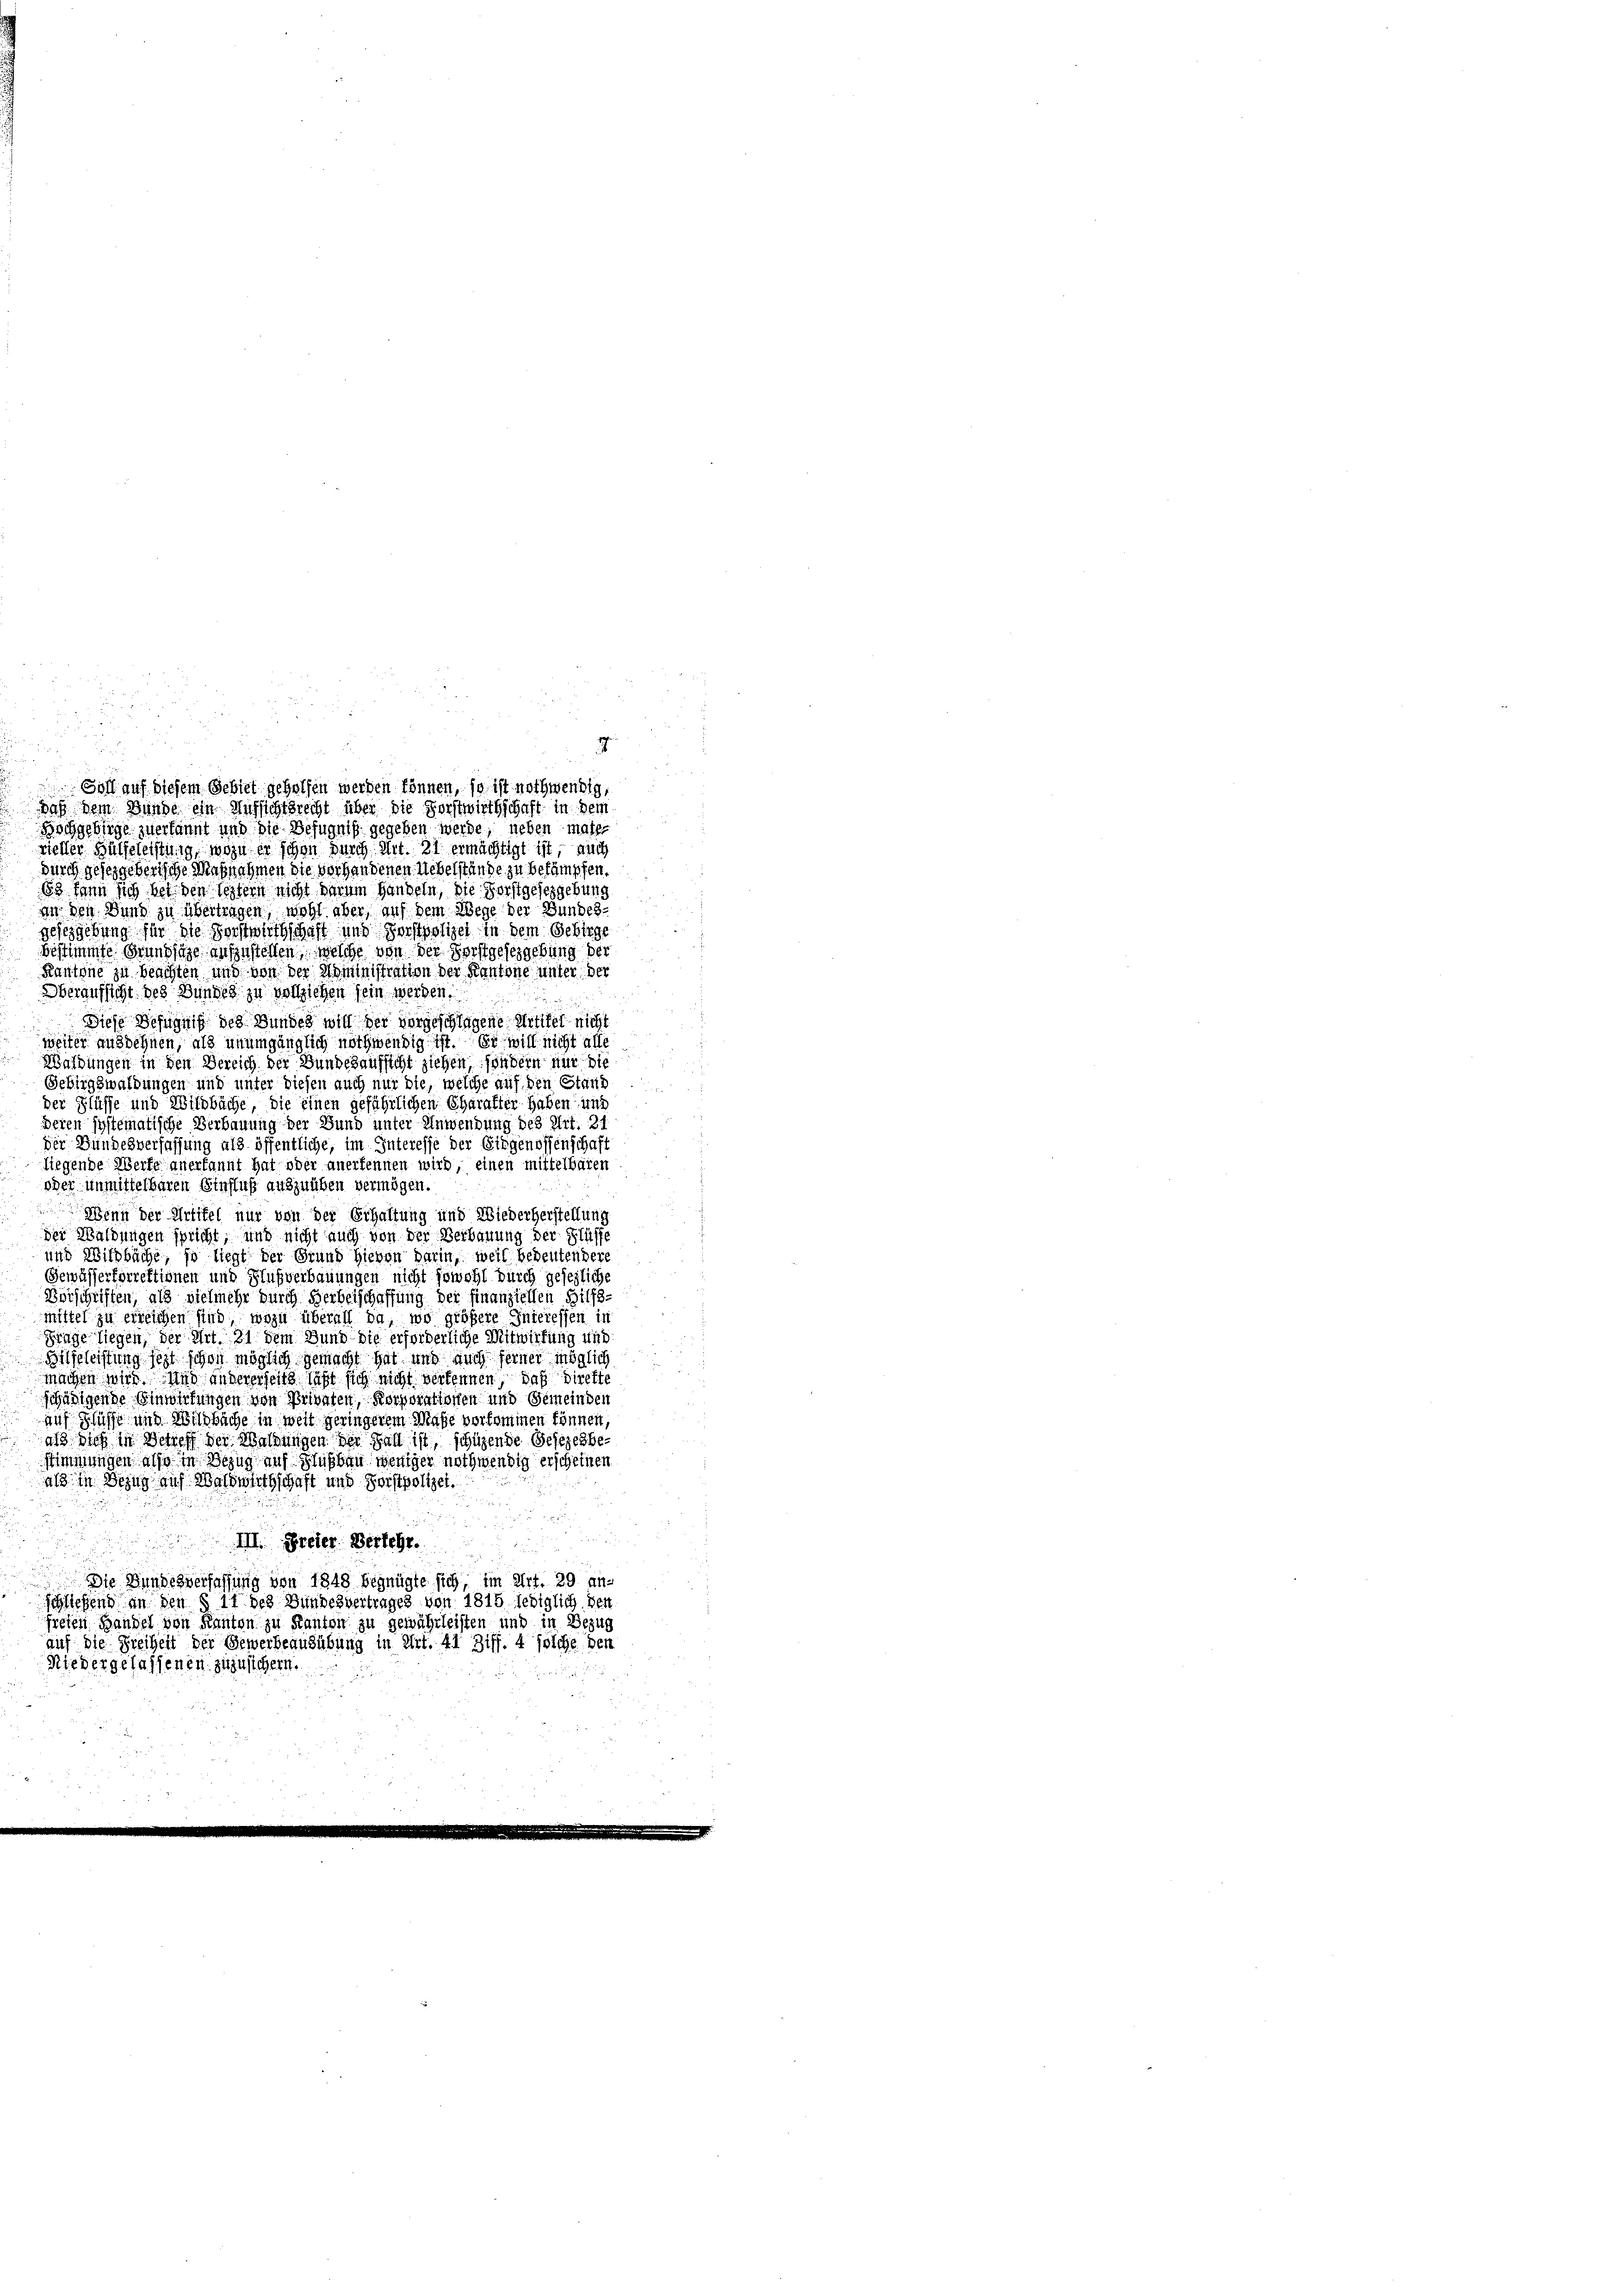
durch geseggeberische Magnahmen die vorhandenen Uebelstände zu bekämpfen.
83 kann sich bei den leztern nicht darum Handeln, die Forstgesezgebung
an den Bund zu übertragen, wohl aber, auf dem Wege der Bundes-
geseggehung für die Forstwirthschaft und Forstpolizei in dem Gebirge
bestimmte Grundlage aufzustellen, welche von der Forstgesezgebung der
Kantone zu beachten und von der Noministration der Kantone unter der
Oberaufsicht des Bundes zu vollziehen sein werden.
Diese Befugniß des Bundes will der vorgeschlagene Greifel nicht
weiter ausdehnen, als unumgänglich nothwendig ist. Er will nicht alle
Waldungen in den Bereich der Bundehaussicht ziehen, sondern nur die
Gebirgswaldungen und unter diesen auch nur die, welche auf den Stand
der Flüsse und Wildbäche, die einen gefährlichen Charakter haben und
deren systematische Verbauung der Bund unter Anwendung des Art. 24
der Bundesverfassung als öffentliche, im Interesse der Eidgenossenschaft
Riegende Werke anerkannt hat oder anerkennen wird, einen mittelbaren
oder unmittelbaren Einfluß auszuüben vermögen.
Wenn der Artikel nur von der Erhaltung und Wiederherstellung
der Waldungen spricht, und nicht auch von der Verbauung der Flüsse
und Witzbüche, so liegt der Grund hievon darin, weil bedeutendere
Gewässerforrektionen und Hlußverbauungen nicht sowohl durch gesezliche
Vorschriften, als vielmehr durch Herbeischaffung der Finanziellen Hilfs-
mittel zu erreichen sind, wozu überall da, wo größere Interessen in
Frage liegen, der Art. 81 dem Bund die erforderliche Mitwirfung und
Hilfeleistung jezt schon möglich gemacht hat und auch ferner möglich
machen wird. Und andererseits läßt sich nicht verkennen, daß dirette
schädigende Einwerfungen von Privaten, Korporationen und Gemeinden
auf Klasse und Wildbache in weit geringerem Maße vorkommen können,
213. dies in Betreff der Waldungen der Fall ist, schüzende Gesezesbe-
Stimmungen also in Bezug auf Flußbau weniger nothwendig erscheinen
als in Bezug auf Waldwirthschaft und Forstpolizei.
III. Freier. Verlegt.
u
 Die Bundesverfassung von 1848 begnügte sich, im Art. 29 an-
schliefend in den § 11 des Bundesvertrages von 1815 lediglich den
freien Handel von Kanton zu Kanton zu gewährleisten und in Bezug
auf die Freiheit der Gewerbeausübung in Art. 41 Ziff. 4 solche den
Niedergelassenen zuzusichern.

Goll auf diesem Gebiet geholfen werden können, so ist nothwendig,
Daß dem Bunde ein Aufsichtsrecht über die Forstwirthschaft in dem
Hochgebirge zuerkannt und die Befugniß gegeben werde, neben mate-
vieller Hülfeleistung, wozu en schon durch Art. 21 ermächtigt ist, auch